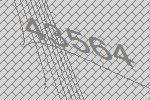
43564